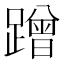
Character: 蹭